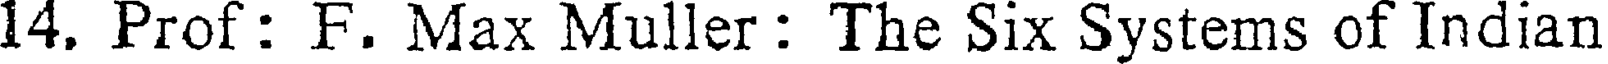
14. Prof : F. Max Muller : The Six Systems of Indian